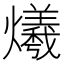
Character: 爔